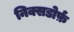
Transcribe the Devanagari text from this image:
निक्सडोर्फ़